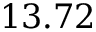
1 3 . 7 2